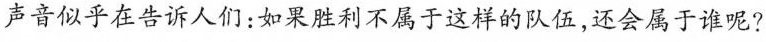
声音似乎在告诉人们；如果胜利不属于这样的队伍，还会属于谁呢?